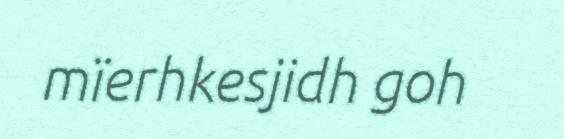
mïerhkesjidh goh